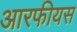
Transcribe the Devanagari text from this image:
आरफीयस